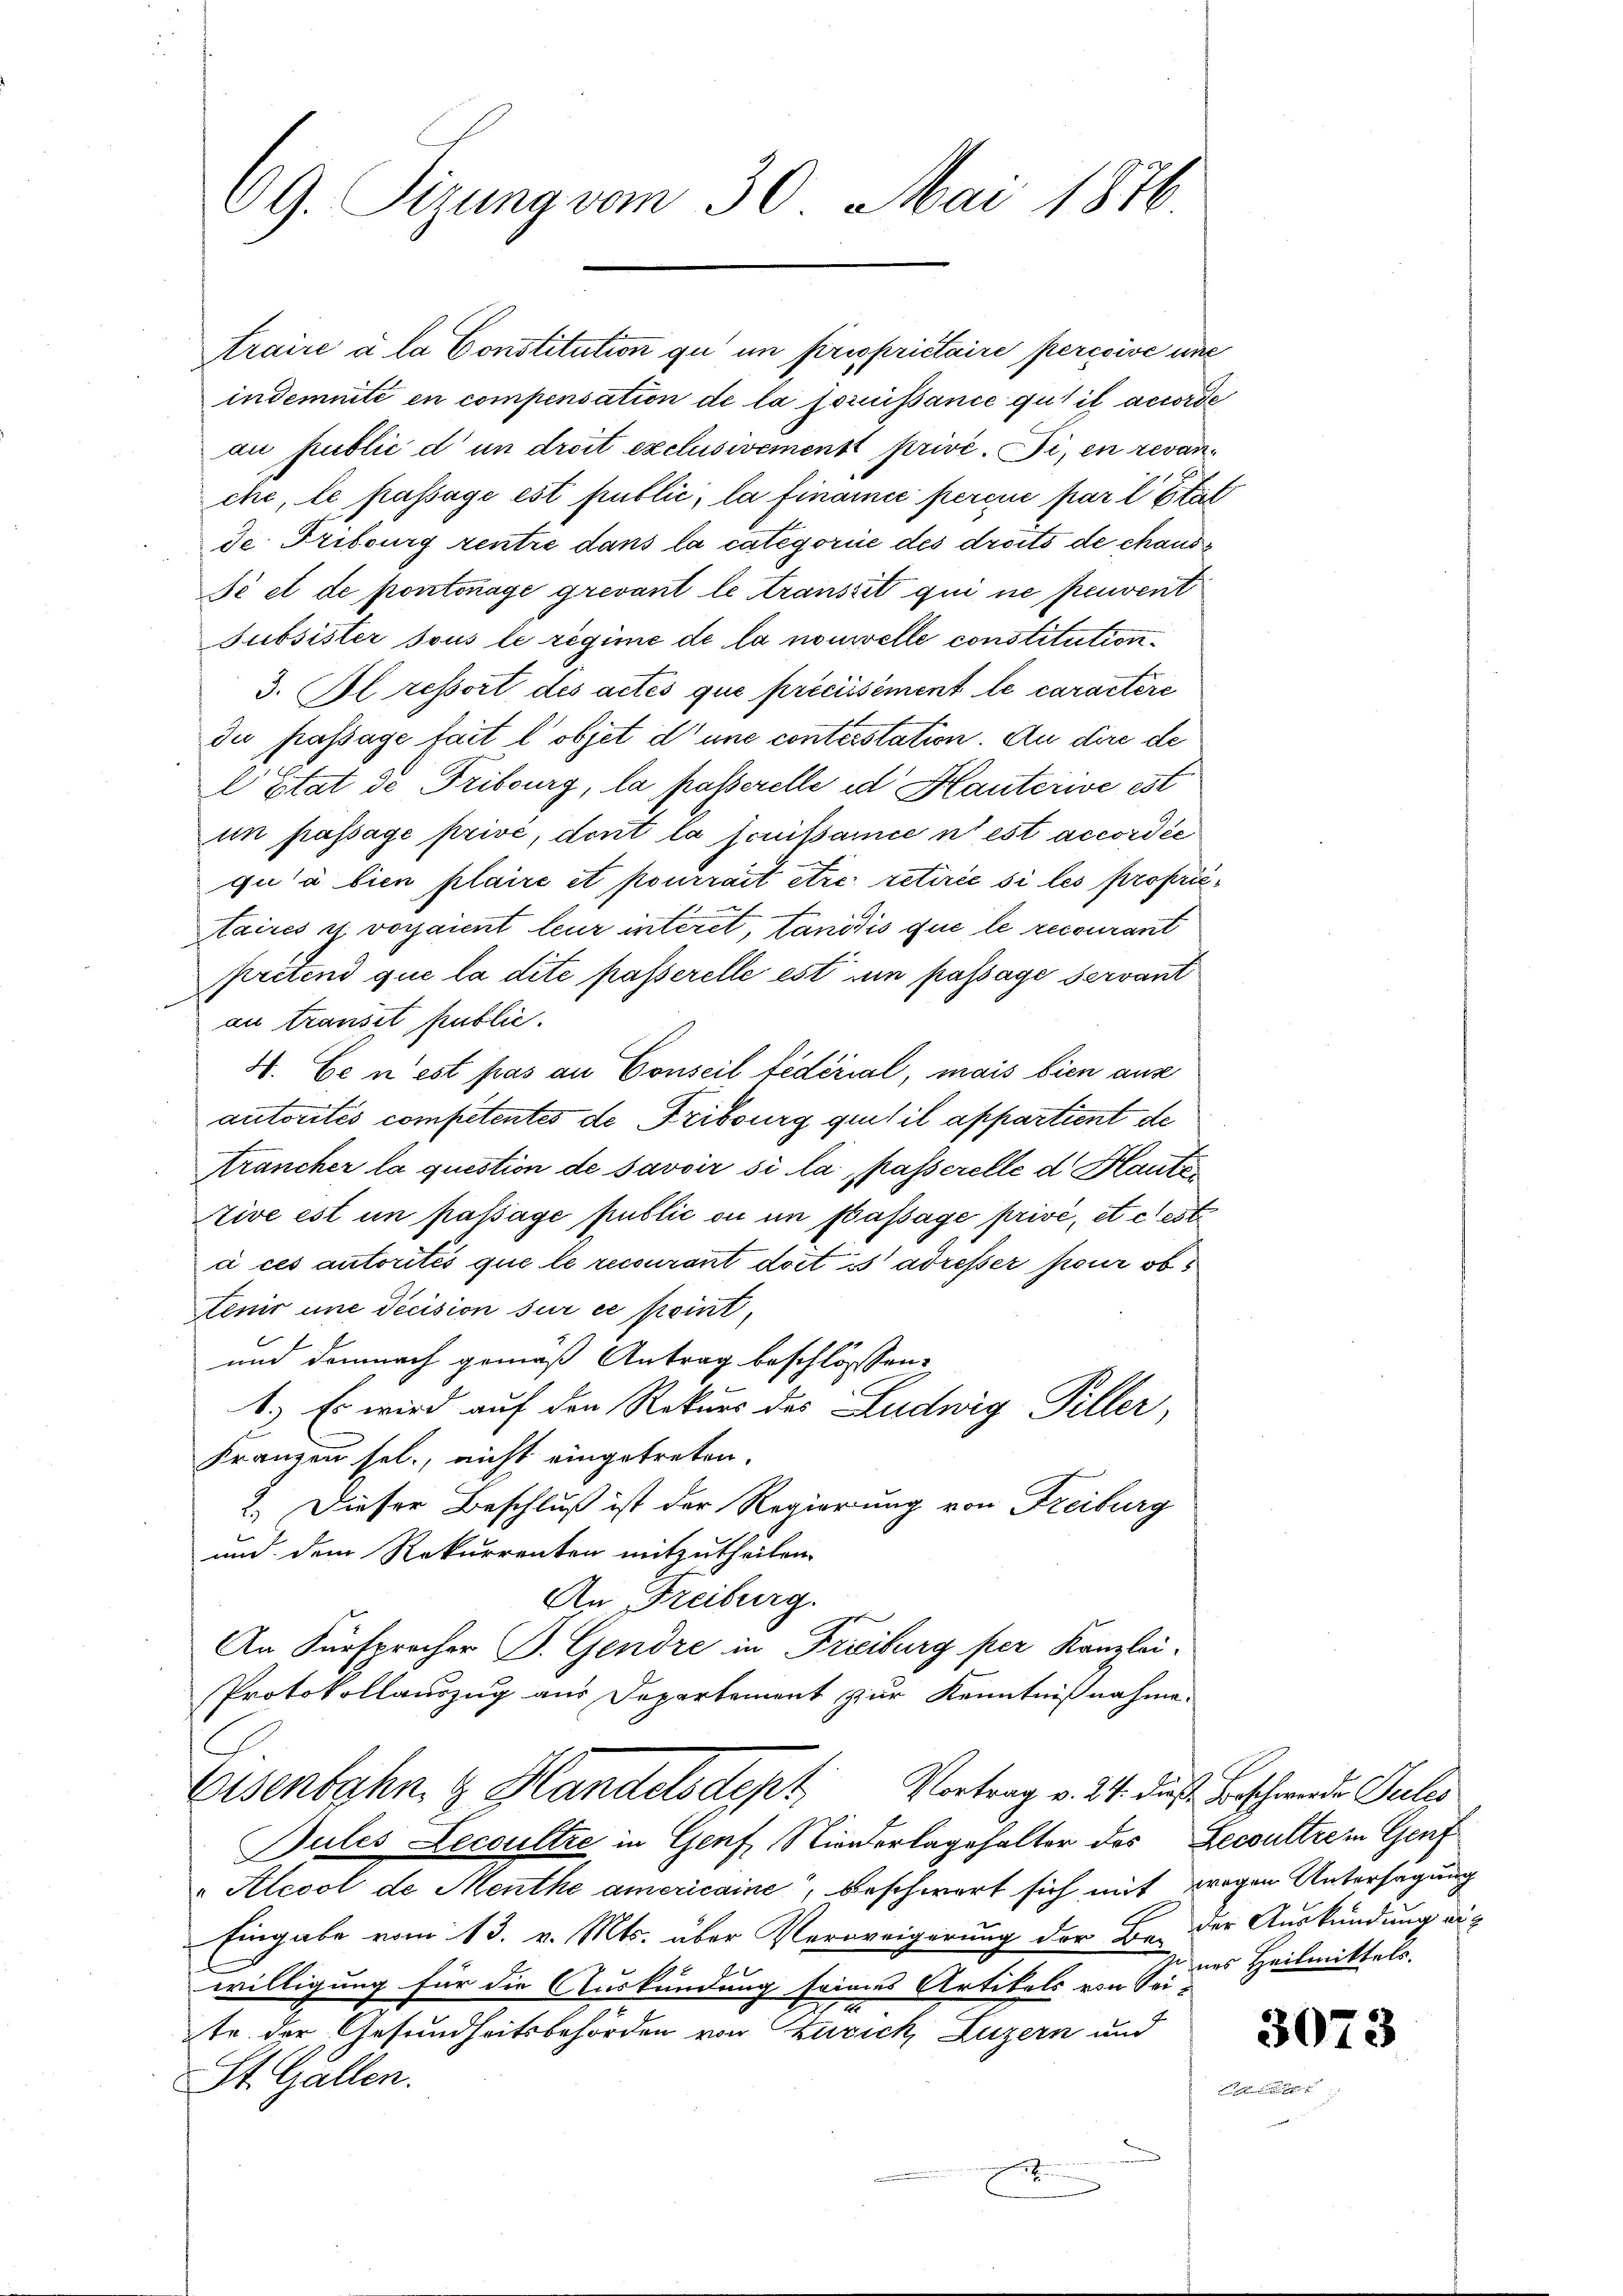
69. Sizung vom 30. Mai 1876

Araire à la Constitution qu im prisprietaire percoive une
indemnité en compensation de la foruissance gut il accorde
au public d’un droit exclusivement privé. Si, en revanche, le passage est public, la finance percue par l’Etat
de Tribourg rentre dans la categorie des droits de chaus
sé et de pontonage grevant le transsit qui ne peuvent
Subsister sous le régime de la nouvelle constitution.
3. Bl. ressort des actés que précisément le caractere
due passage fait l’objet d’une conterstation. An dire de
l’Etat de Fribourg, la posserelle in Hauterive est
in passage prive, dont la fouissance n’est accordée
qu’à bien plaire et pourrait etia retirée si les propritaires es voraient leur interet, tanidis que le recourant
prétend que la dite passerelle est um passage servant
au transit public.
4. Ce n’est pas an Conseil fédérial, mais bien aus
autorités competentes de Fribourg quitil appartient de
Arancher la question de savoir si la passerelle d Haute
tive est in passage public ou in Passage privé, et c’est
c ces autorités que le recourant dort ist adresser pour ob
tenir une Decision sur ce peint,
und demnach gemäß Antrag beschlossen:
1.) Es wird auf den Rekurs des Ludwig Piller,
Franzen sel., nicht eingetreten.
2.) Dieser Beschluß ist der Regierung von Freiburg
und dem Rekurrenten mitzutheilen.
An Freiburg.
e
An Fürsprecher B. Gendre in Freiburg per Kanzlei-
Protokollauszug aus Departement zur Kenntnißnahme.
Eisenbahn & Handelsdept Vortrag v. 24. dieß Beschwerden Gutes
Pules Lecoultre in Genf, Niederlagehalter des Recoultre in Genf
"Alcool de Menthe americaine“, beschwert sich mit zogen Untersagung
Eingabe vom 13. v. Mts. über Verweigerung der Bei der Auskündung aus
willigung für die Auskündung seines Artikels von Sei-
n
te der Gesundheitsbehörden von Zürich, Luzern und
St. Gallen.
F
.

nes Heilmittels.

3073